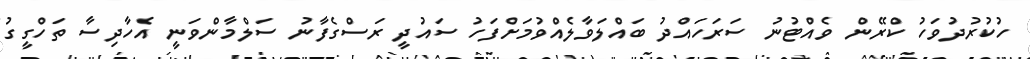
ހުކުރުދުވަހު ކްރޭން ވެއްޓުނު ސަރަހައްދު ބައްލަވާލެއްވުމަށްފަހު ސައުދީ ރަސްގެފާނު ސަލްމާންވަނީ އެހާދިސާ ތަހްގީގު